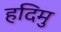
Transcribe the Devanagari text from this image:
हदिमु